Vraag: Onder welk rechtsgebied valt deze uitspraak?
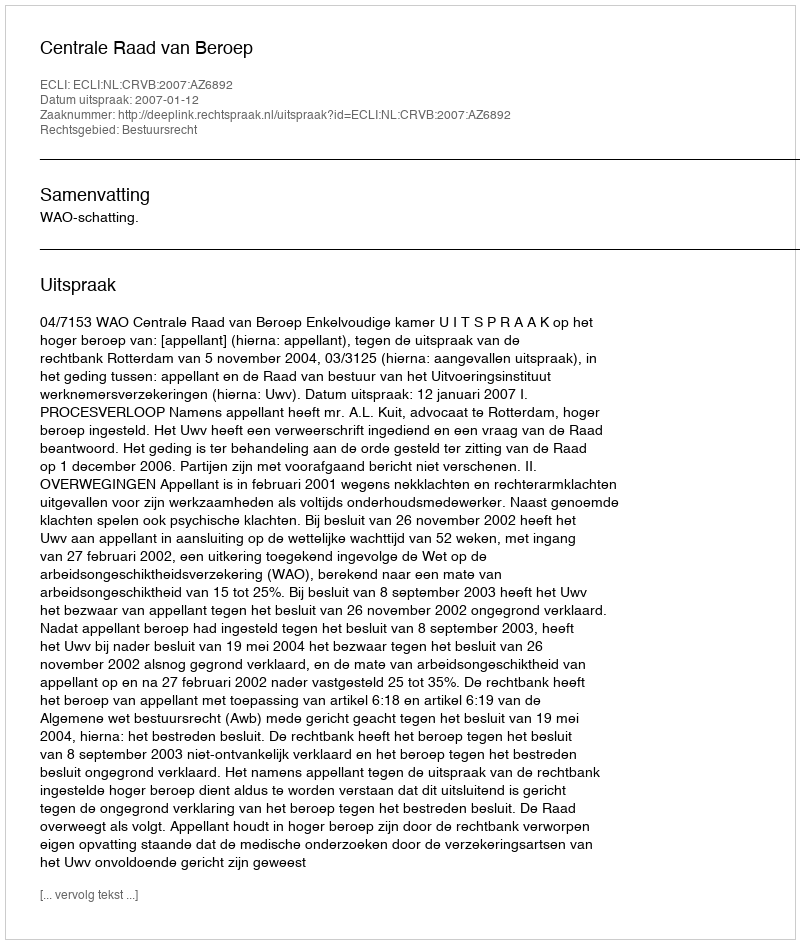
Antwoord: Bestuursrecht